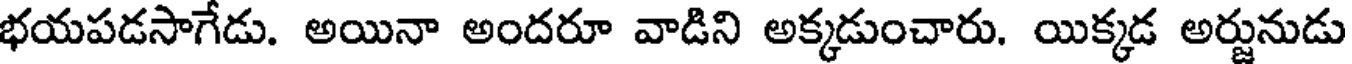
భయపడసాగేడు. అయినా అందరూ వాడిని అక్కడుంచారు. యిక్కడ అర్జునుడు